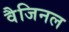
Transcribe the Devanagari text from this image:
वैजिनल